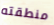
منطقته